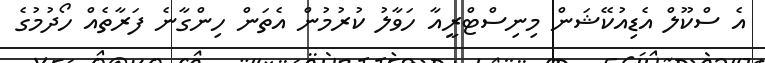
އެ ސްކޫލް އެޑިއުކޭޝަން މިނިސްޓްރީއާ ހަވާލު ކުރުމުން އެތަން ހިންގާނެ ފަރާތެއް ހޯދުމުގެ